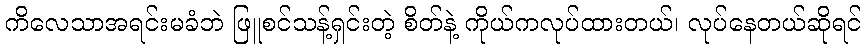
ကိလေသာအရင်းမခံဘဲ ဖြူစင်သန့်ရှင်းတဲ့ စိတ်နဲ့ ကိုယ်ကလုပ်ထားတယ်၊ လုပ်နေတယ်ဆိုရင်